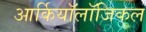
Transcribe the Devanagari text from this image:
आर्कियॉलॉजिकल